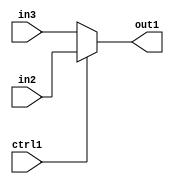
`timescale 1ps / 1ps
/*****************************************************************************
    Verilog RTL Description
    
    
    Created by: Stratus DpOpt 2019.1.01 
*******************************************************************************/

module DC_Filter_N_Muxb_1_2_4_1 (
	in3,
	in2,
	ctrl1,
	out1
	); /* architecture "behavioural" */ 
input  in3,
	in2,
	ctrl1;
output  out1;
wire  asc001;

reg [0:0] asc001_tmp_0;
assign asc001 = asc001_tmp_0;
always @ (ctrl1 or in2 or in3) begin
	case (ctrl1)
		1'B1 : asc001_tmp_0 = in2 ;
		default : asc001_tmp_0 = in3 ;
	endcase
end

assign out1 = asc001;
endmodule

/* CADENCE  uLH0SAk= : u9/ySgnWtBlWxVPRXgAZ4Og= ** DO NOT EDIT THIS LINE ******/